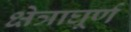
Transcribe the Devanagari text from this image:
क्षेत्राघूर्ण